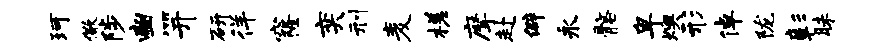
珂儆陟豳笄研徉窿奕刑麦槎摩赴僻永髂卑燠形倬陇彰昧